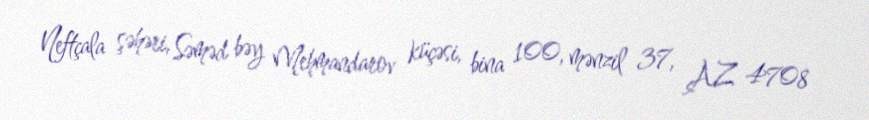
Neftçala şəhəri, Səməd bəy Mehmandarov küçəsi, bina 100, mənzil 37, AZ 4708